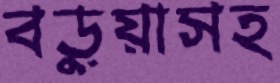
বড়ুয়াসহ